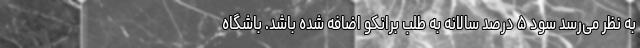
به نظر می‌رسد سود ۵ درصد سالانه به طلب برانکو اضافه شده باشد. باشگاه